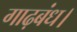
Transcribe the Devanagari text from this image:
गाढ़बंध।